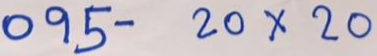
095 - 20 x 20